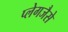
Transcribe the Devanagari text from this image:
प्लेगजैसे